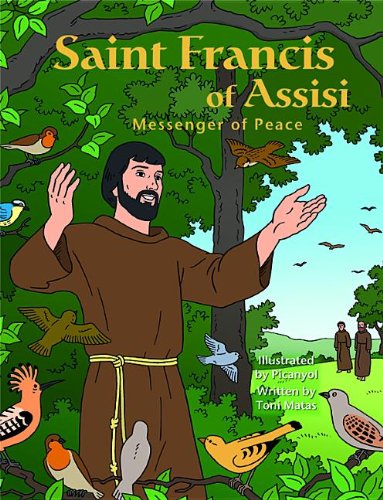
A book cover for Saint Francis of Assisi: Messenger of Peace; Toni Matas; Children's Books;